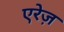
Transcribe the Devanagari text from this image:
एरेज़